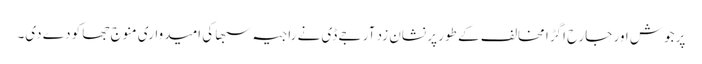
پرجوش اور جارح اگڑا مخالف کے طور پر نشان زد آر جے ڈی نے راجیہ سبھا کی امیدواری منوج جھا کو دے دی۔